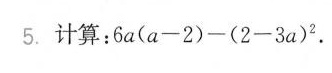
5. 计算：6a(a-2)-(2-3a)^{2}.